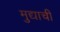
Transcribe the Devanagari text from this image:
मुद्याची